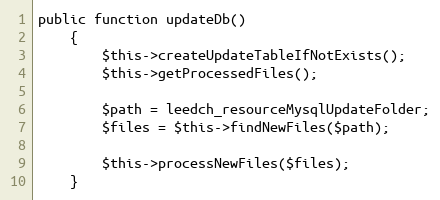
Language: PHP
public function updateDb()
    {
        $this->createUpdateTableIfNotExists();
        $this->getProcessedFiles();

        $path = leedch_resourceMysqlUpdateFolder;
        $files = $this->findNewFiles($path);

        $this->processNewFiles($files);
    }